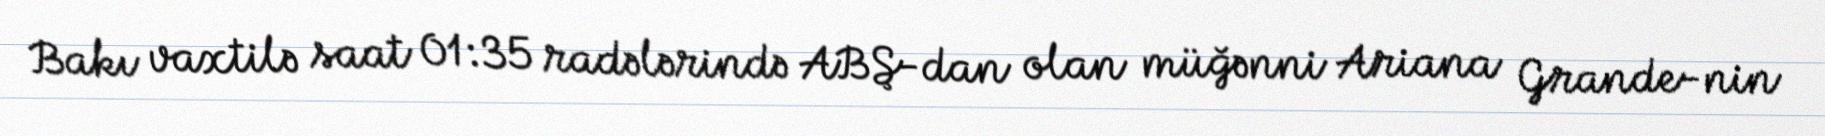
Bakı vaxtilə saat 01:35 radələrində ABŞ-dan olan müğənni Ariana Grande-nin